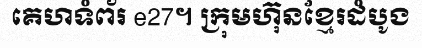
គេហទំព័រ e27។ ក្រុមហ៊ុនខ្មែរដំបូង